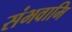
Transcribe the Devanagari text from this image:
संभवामि